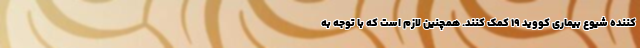
کننده شیوع بیماری کووید ۱۹ کمک کنند. همچنین لازم است که با توجه به